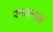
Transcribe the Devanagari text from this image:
साधल्याने